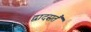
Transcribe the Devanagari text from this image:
द्वादसतैं